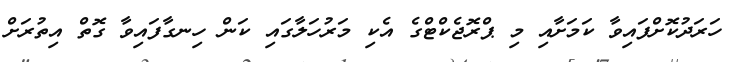
ހަރަދުކޮށްފައިވާ ކަމަށާއި މި ޕްރޮޖެކްޓްގެ އެކި މަރުހަލާގައި ކަން ހިނގާފައިވާ ގޮތް އިތުރަށް